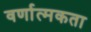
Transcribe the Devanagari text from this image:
वर्णात्मकता